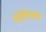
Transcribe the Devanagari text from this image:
बाल्टिक्स